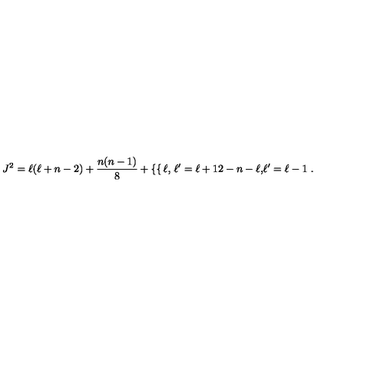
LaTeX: J ^ { 2 } = \ell ( \ell + n - 2 ) + \frac { n ( n - 1 ) } { 8 } + \left\{ \begin{cases} { \ell , } & { \ell ^ { \prime } = \ell + 1 } \\ { 2 - n - \ell , } & { \ell ^ { \prime } = \ell - 1 } \\ \end{cases} \right. .